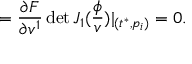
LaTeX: = \frac { \partial F } { \partial v ^ { 1 } } \operatorname * { d e t } J _ { 1 } ( \frac \phi v ) | _ { ( t ^ { * } , p _ { i } ) } = 0 .